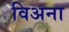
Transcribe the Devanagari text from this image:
विअना